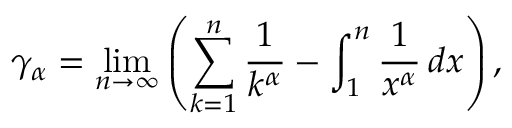
\gamma _ { \alpha } = \operatorname* { l i m } _ { n \to \infty } \left( \sum _ { k = 1 } ^ { n } { \frac { 1 } { k ^ { \alpha } } } - \int _ { 1 } ^ { n } { \frac { 1 } { x ^ { \alpha } } } \, d x \right) ,